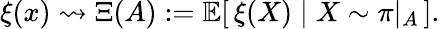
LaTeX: \xi(x)\rightsquigarrow\Xi(A):=\mathbb{E}[\, \xi(X)\mid X\sim\pi\vert_{A}\, ].